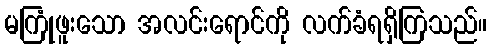
မကြုံဖူးသော အလင်းရောင်ကို လက်ခံရရှိကြသည်။